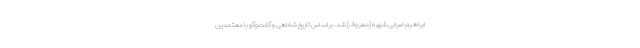
ابراهیم ضرابی شهره (معروف) شد. براساس تاریخ شفاهی و گفت‌وگو با معتمدین